Kassari_(Keina)_vallavalitsus, lk 12
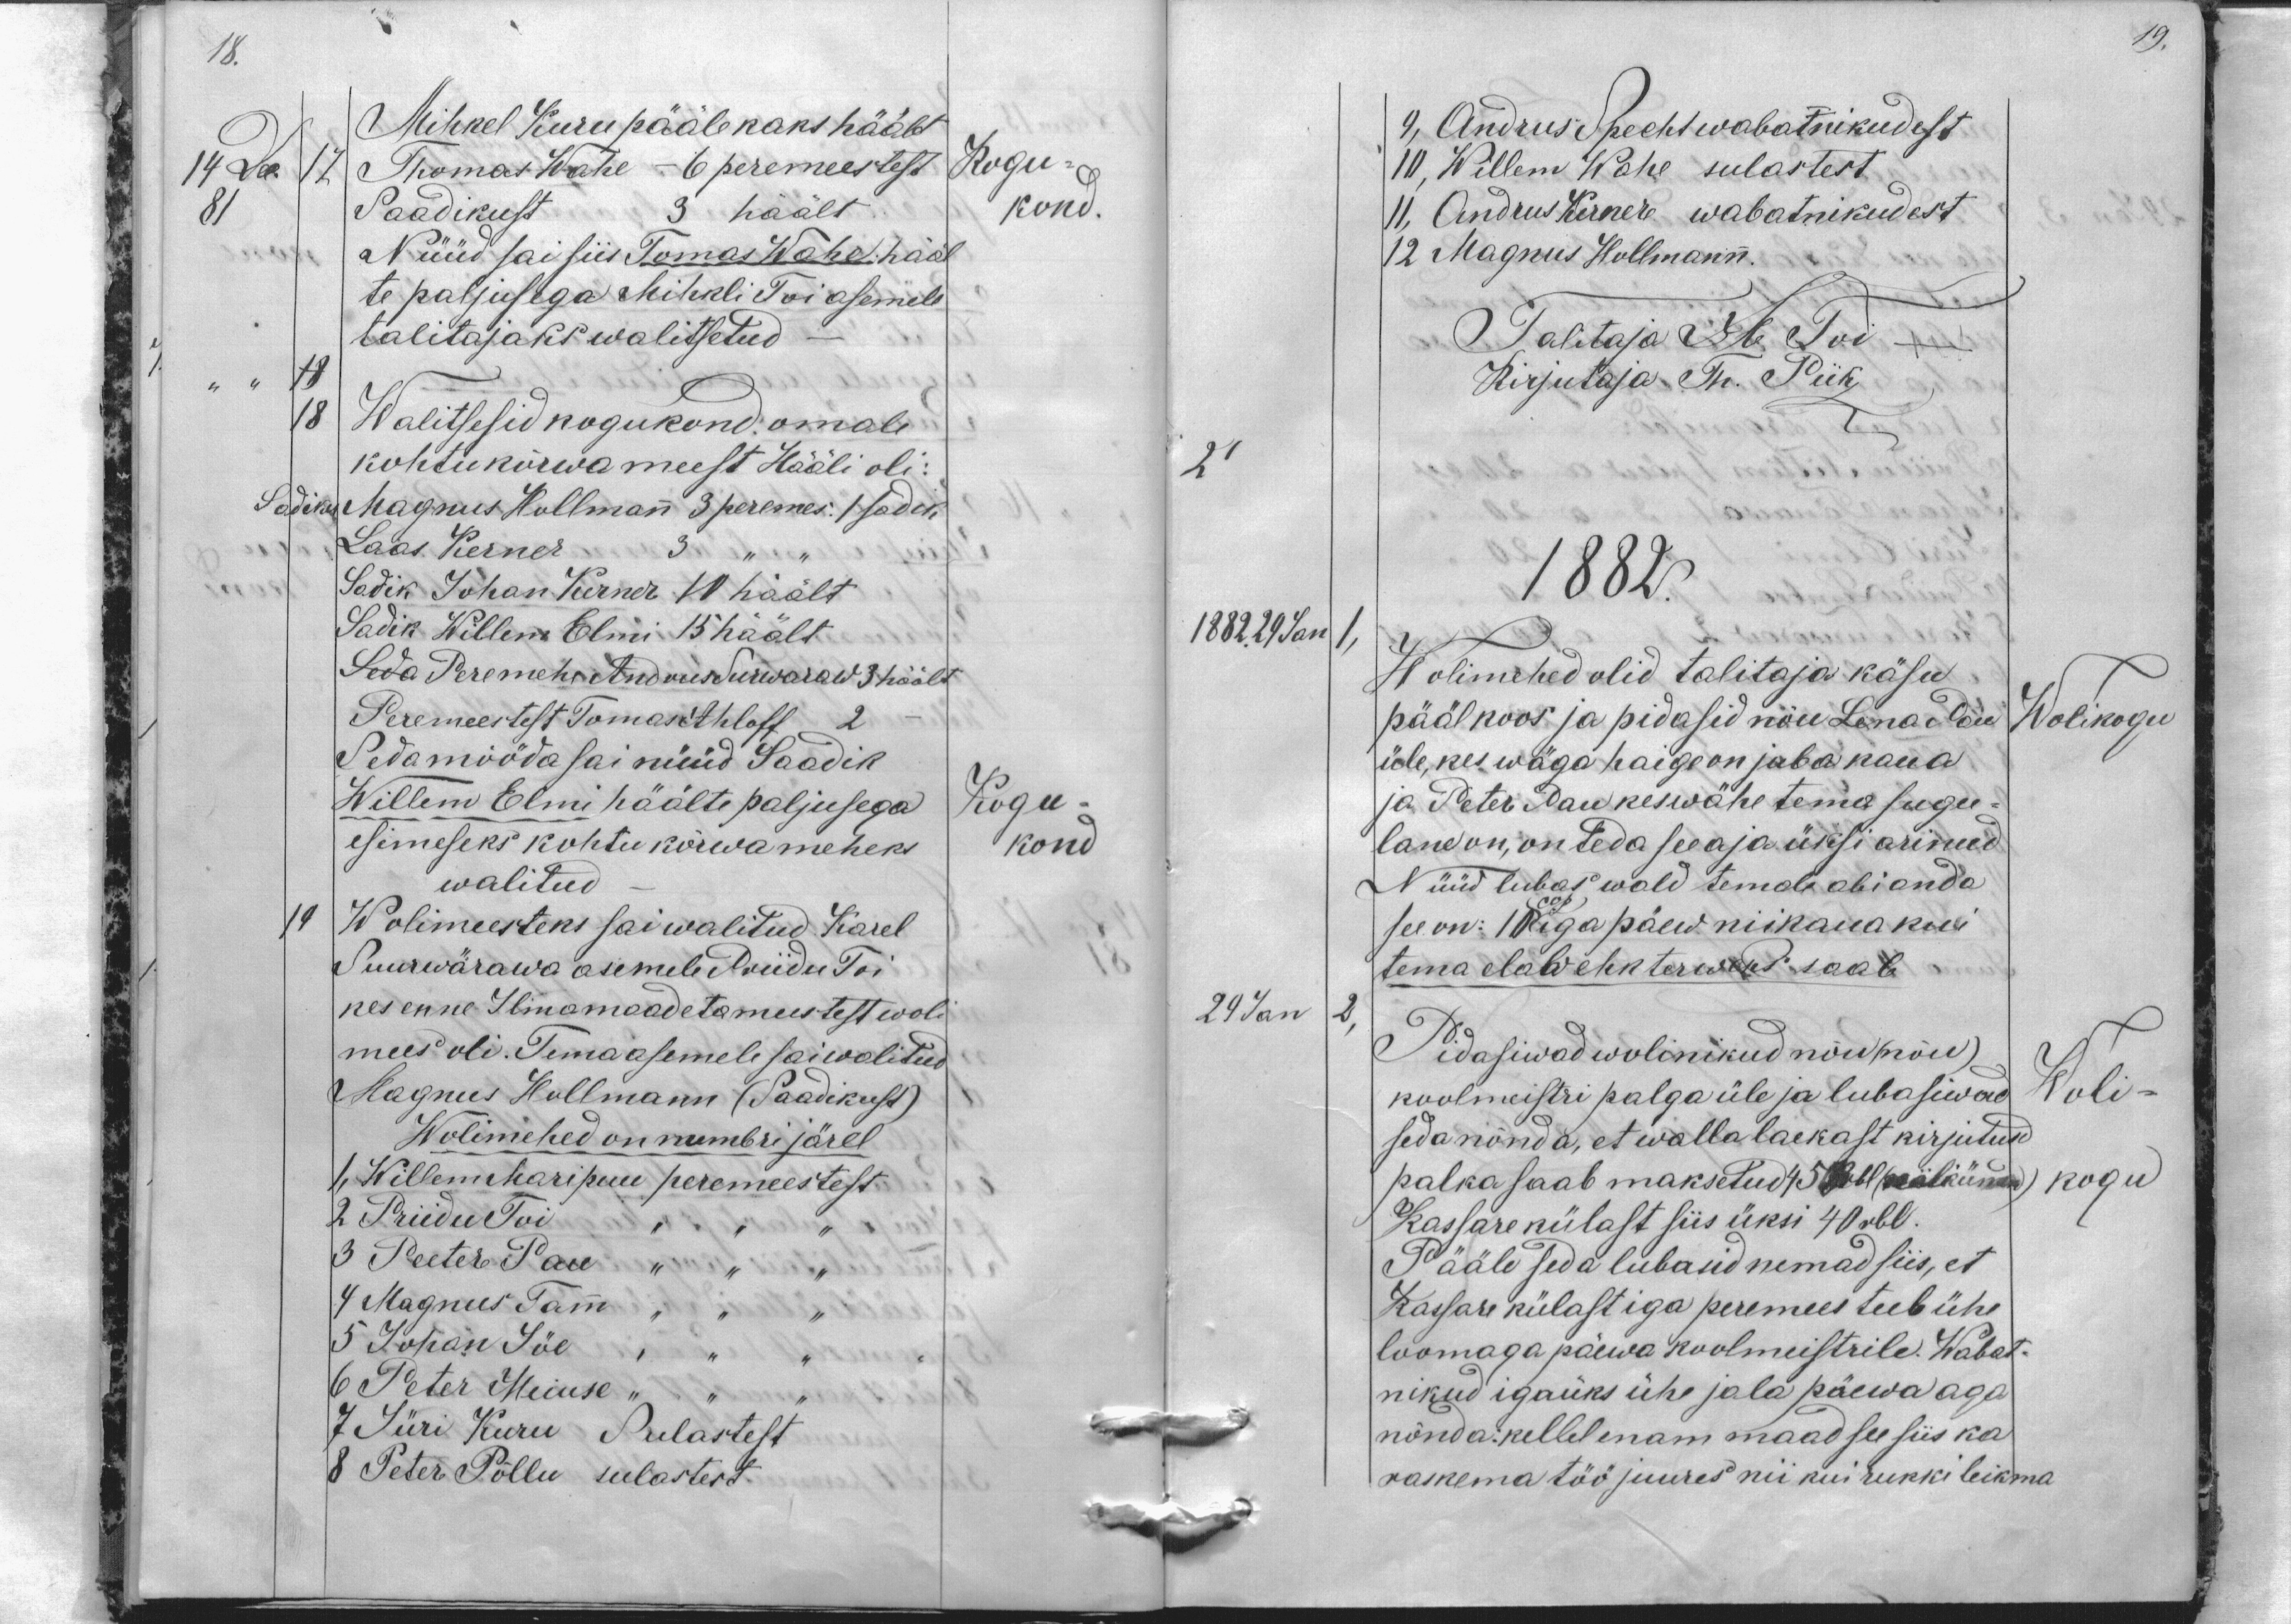
18.

14 Dec 17
Mihkel Kuru pääle kaks häält
17 Thomas Wahe - 6 peremeestest
Kogu-
81
Saadikust 3 häält
kond.
Nüüd sai siis Tomas Wahe hääl
te paljusega Mihkli Toi asemele
talitajaks walitsetud
18
18 Walitsesid kogukond omale
kohtukõrwa meest Hääli oli:
Sadiku Magnus Hollmann 3 peremes: 1 sadik
Laas Kerner 3
Sadik Johan Kerner 10 häält
Sadik Willem Elmi 15 häält
Seda Peremehe Andvus Surwaraw 3 häält
Peremeestest Tomas Ahloff 2
Seda mööda sai nüüd Saadik
Willem Elmi häälte paljusega
Kogu-
esimeseks kohtu kõrwa meheks
kond
walitud
19 Wolimeesteks sai walitud Karel
Suurwärawa asemele Priidu Toi
kes enne Ilmamaadetameestest woli
mees oli. Tema asemele sai walitud
Magnus Hollmann (Saadikust)
Wolimehed on numbri järel
1, Willem Maripuu peremeestest
2 Priidu Toi
3 Peeter Pau
4 Magnus Tamm
5 Johan Jöe
6 Peter Meiuse,
7. Jüri Kuru Sulastest
8 Peter Põllu sulastest.

19.
9, Andrus Specht wabatnikudest
10, Willem Wahe sulastest
11, Andrus Kerner wabatnikudest
12 Magnus Hollmann.
Talitaja M. Toi
Kirjutaja Th. Piik
21
1882.
1882. 29 Jan 1
Wolimehed olid talitaja käsu
pääl koos ja pidasid nõu Lena Pau
Wolikogu
üle, kes wäga haige on juba kaua
ja Peter Pau kes wähe tema sugu-
lane on, on teda see aja üksi arinud,
Nüüd lubas wald temale abi anda
see on: 1 cop iga päew niikaua kui
tema elab ehk terweks saab
29 Jan
2
Pidasiwad wolinikud nõu (nõu)
koolmeistri palga üle ja lubasiwad
Woli-
seda nõnda, et walla laekast kirjutud
palka saab maksetud 45 Rbl (nelikümmend)
kogu
Kassare külast siis üksi 40 rbl.
Pääle seda lubasid nemad siis, et
Kassare külast iga peremees teeb ühe
loomaga päewa koolmeistrile. Wabat-
nikud igaüks ühe jalapäewa aga
nõnda: kellel enam maad see siis ka
raskema töö juures nii kui rukki leikma